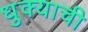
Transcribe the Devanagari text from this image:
धुक्याची